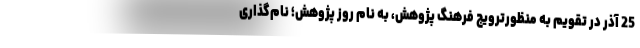
25 آذر در تقویم به منظورترویج فرهنگ پژوهش، به نام روز پژوهش؛ نام‌گذاری